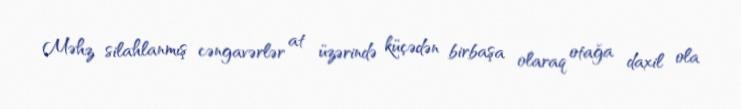
Məhz silahlanmış cəngavərlər at üzərində küçədən birbaşa olaraq otağa daxil ola